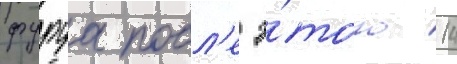
фуруа посл'е э́того 14